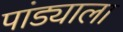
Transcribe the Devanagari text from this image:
पांड्याला